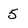
Character: 5